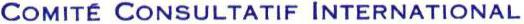
COMITÉ CONSULTATIF INTERNATIONAL